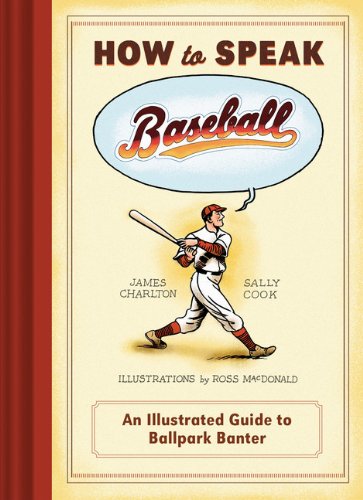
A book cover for How to Speak Baseball: An Illustrated Guide to Ballpark Banter; James Charlton; Sports & Outdoors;